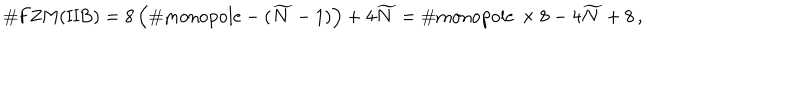
LaTeX: \# \mathrm { F Z M ( I I B ) } = 8 \left( \# \mathrm { m o n o p o l e } - ( \widetilde { N } - 1 ) \right) + 4 \widetilde { N } = \# \mathrm { m o n o p o l e } \, \times 8 - 4 \widetilde { N } + 8 \, ,